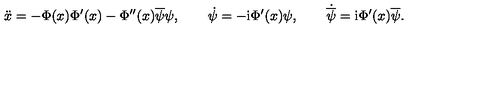
\ddot { x } = - \Phi ( x ) \Phi ^ { \prime } ( x ) - \Phi ^ { \prime \prime } ( x ) \overline { { \psi } } \psi , \qquad \dot { \psi } = - \mathrm { i } \Phi ^ { \prime } ( x ) \psi , \qquad \dot { \overline { { \psi } } } = \mathrm { i } \Phi ^ { \prime } ( x ) \overline { { \psi } } .